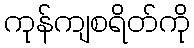
ကုန်ကျစရိတ်ကို